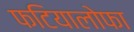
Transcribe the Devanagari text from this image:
फटियालोफा